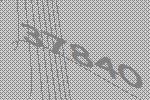
37840